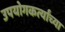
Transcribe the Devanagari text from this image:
उपयोगकर्त्यांच्या